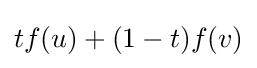
tf(u)+(1-t)f(v)